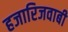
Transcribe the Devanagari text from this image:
हजारिजवाबी